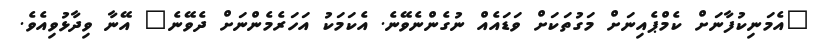
"އެމަނިކުފާނަށް ކެމްޕެއިނަށް މަގުތަކަށް ވަޑައެއް ނުގެންނެވޭނެ. އެކަމަކު އަހަރެމެންނަށް ދެވޭނެ" އޭނާ ވިދާޅުވިއެވެ.